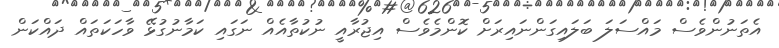
އެތަނުންވެސް މައްސަލަ ބަލައިގަންނައިރަށް ކޮންމެވެސް އިޖުރާއީ ނުކުތާއެއް ނަގައި ކަމާނުގުޅޭ ވާހަކަތައް ދައްކަން